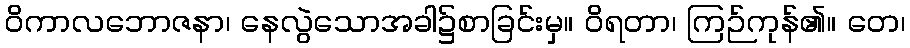
ဝိကာလဘောဇနာ၊ နေလွဲသောအခါ၌စာခြင်းမှ။ ဝိရတာ၊ ကြဉ်ကုန်၏။ တေ၊